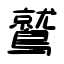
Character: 鷲